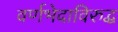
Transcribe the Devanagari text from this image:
वर्णभेदाविरुद्ध